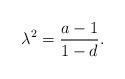
LaTeX: \begin{align*}\lambda^2=\frac{a-1}{1-d}. \end{align*}